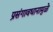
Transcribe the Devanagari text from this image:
प्रसंगावधानामुळे